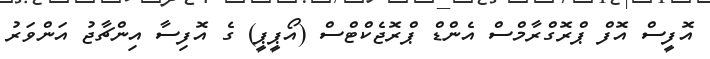
އޮފީސް އޮފް ޕްރޮގްރާމްސް އެންޑް ޕްރޮޖެކްޓްސް (އޯޕީޕީ) ގެ އޮފިސާ އިންޗާޖު އަންވަރު